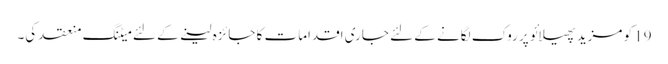
19 کو مزید پھیلائو پر روک لگانے کے لئے جاری اِقدامات کا جائزہ لینے کے لئے میٹنگ منعقد کی۔